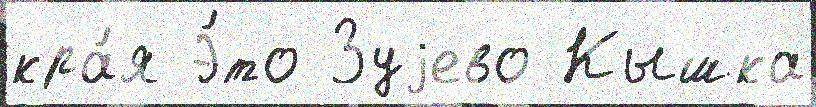
кра́я Э́то Зуjево Кышка